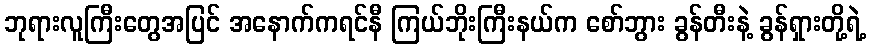
ဘုရားလူကြီးတွေအပြင် အနောက်ကရင်နီ ကြယ်ဘိုးကြီးနယ်က စော်ဘွား ခွန်တီးနဲ့ ခွန်ရှားတို့ရဲ့